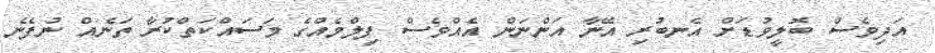
އަދިވެސް ބޮލީވުޑަށް އެނބުރި އޭނާ އަންނަން އެއްވެސް ފިލްމެއްގެ މަސައްކަތްކުރާ ތަނެއް ނުފެނެ